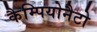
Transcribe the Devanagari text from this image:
कैम्पियोनैटो